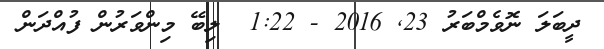
ދީބަލަ ނޮވެމްބަރު 23